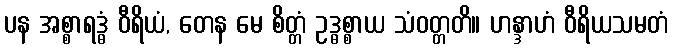
ပန အစ္စာရဒ္ဓံ ဝီရိယံ, တေန မေ စိတ္တံ ဥဒ္ဓစ္စာယ သံဝတ္တတိ။ ဟန္ဒာဟံ ဝီရိယသမတံ